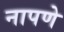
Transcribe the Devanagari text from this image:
नापणे